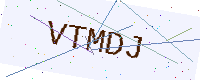
Text: VTMDJ